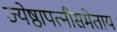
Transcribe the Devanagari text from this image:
ज्येष्ठापत्नीसमेताय